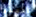
أختنق